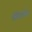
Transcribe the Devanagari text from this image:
औसिलेटिंग